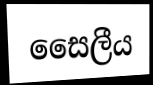
සෛලීය